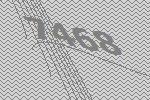
7468